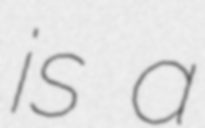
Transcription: is a